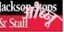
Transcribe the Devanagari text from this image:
ओब्नू